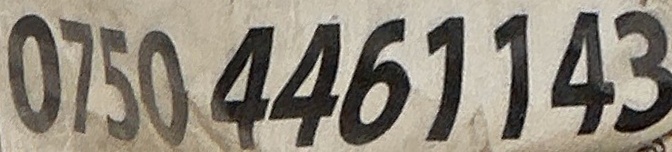
0750 4461143